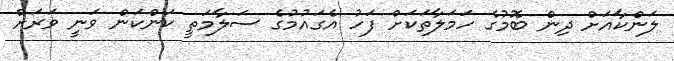
ލަންކާއަށް ދިން ބޮމުގެ ހަމަލާތަކަށް ފަހު އެގައުމުގެ ސަލާމަތީ ކަންކަން ވަނީ ވަރަށް